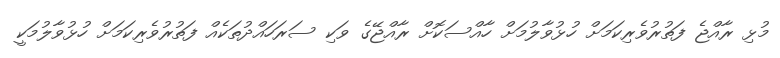
މުޅި ރާއްޖެ ފަތުރުވެރިކަމަށް ހުޅުވާލުމަށް ހާއްސަކޮށް ރާއްޖޭގެ ވަކި ސަރަހައްދުތަކެއް ފަތުރުވެރިކަމަށް ހުޅުވާލުމަކީ